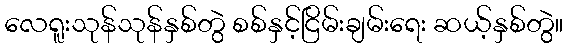
လေရူးသုန်သုန်နှစ်တွဲ စစ်နှင့်ငြိမ်းချမ်းရေး ဆယ့်နှစ်တွဲ။